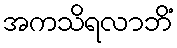
အကသိရလာဘိံ